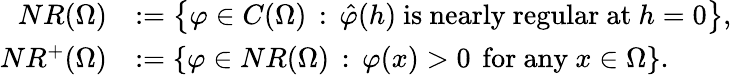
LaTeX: \begin{array}{rl}{NR(\Omega)}&{:=\left\{ \varphi\in C(\Omega)\, :\, \hat{\varphi}(h)\mathrm{~is~nearly~regular~at~}h=0\right\} ,}\\ {NR^{+}(\Omega)}&{:=\left\{ \varphi\in NR(\Omega)\, :\, \varphi(x)>0\, \mathrm{~for~any~}x\in\Omega\right\} .}\end{array}